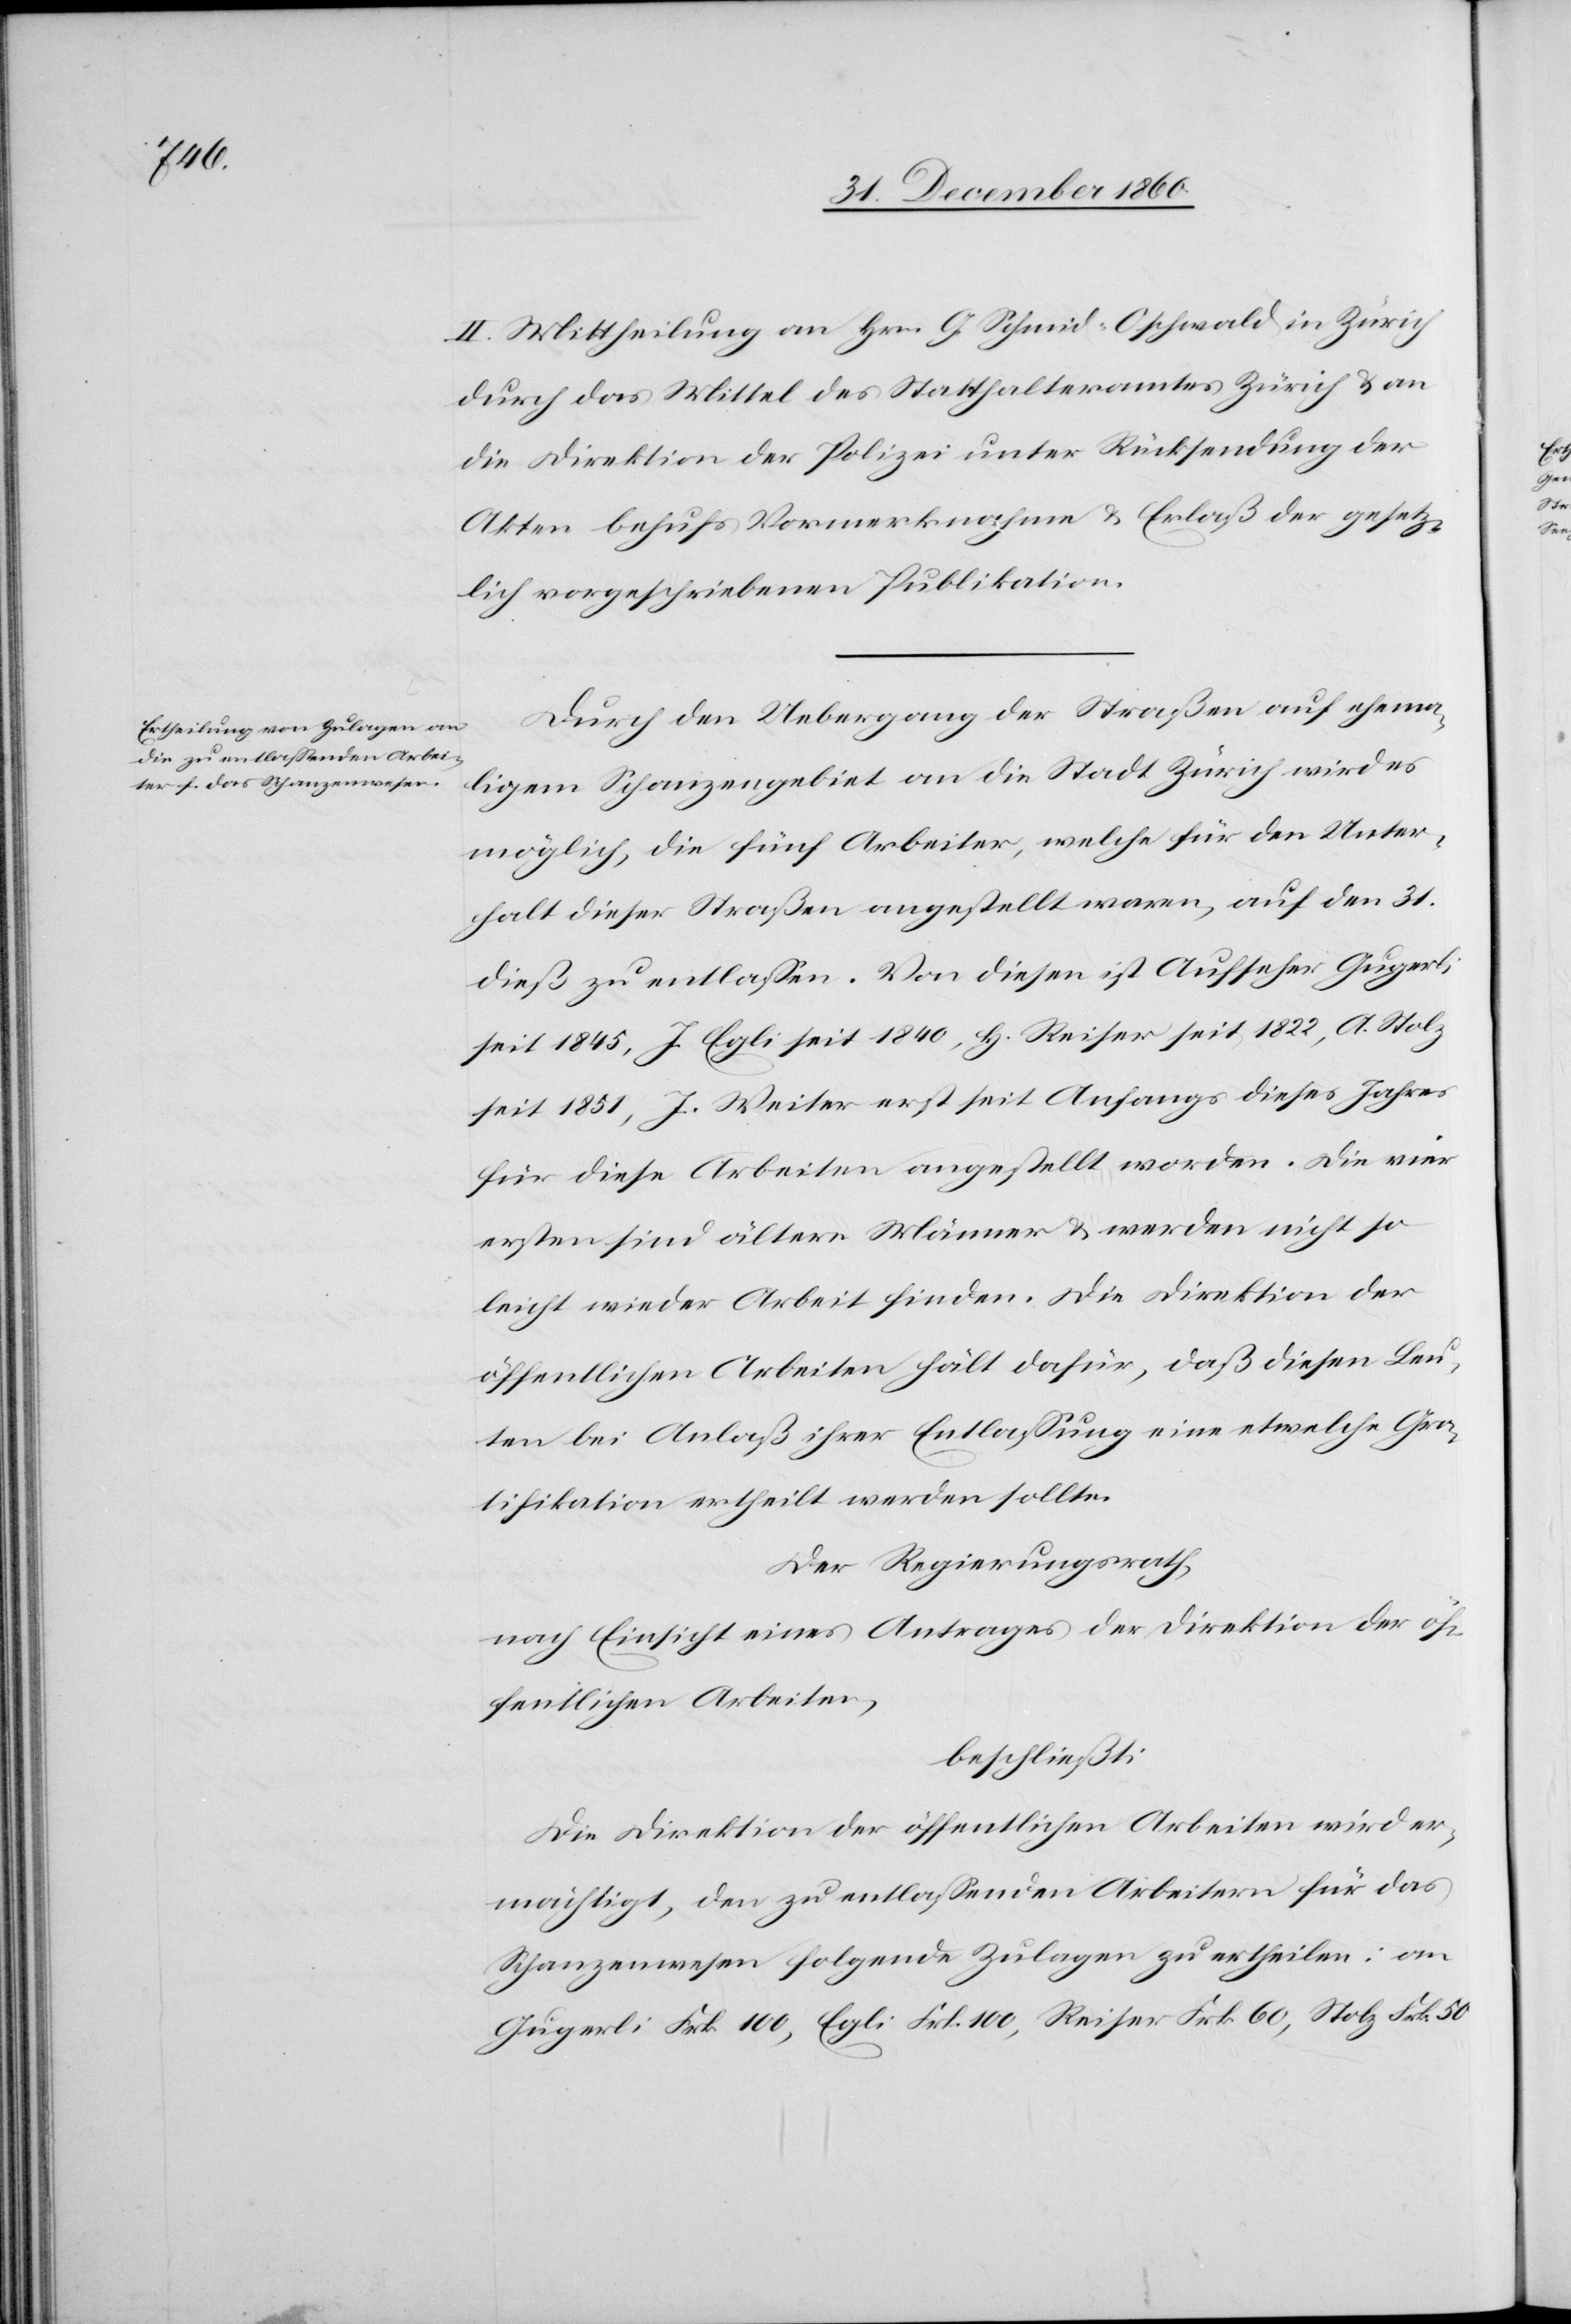
II. Mittheilung an Hrn. G. Schmid-Oschwald in Zürich
durch das Mittel des Statthalteramtes Zürich u. an
die Direktion der Polizei unter Rücksendung der
Akten behufs Vormerknahme u. Erlaß der gesetz¬
lich vorgeschriebenen Publikation.
Durch den Uebergang der Straßen auf ehema¬
ligem Schanzengebiet an die Stadt Zürich wird es
möglich, die fünf Arbeiter, welche für den Unter¬
halt dieser Straßen angestellt waren, auf den 31.
dieß zu entlassen. Von diesen ist Aufseher Gugerli
seit 1845, J. Egli seit 1840, H. Reiser seit 1822, A. Stolz
seit 1851, J. Weiter erst seit Anfang dieses Jahres
für diese Arbeiten angestellt worden. Die vier
ersten sind ältere Männer u. werden nicht so
leicht wieder Arbeit finden. Die Direktion der
öffentlichen Arbeiten hält dafür, daß diesen Leu¬
ten bei Anlaß ihrer Entlassung eine etwelche Gra¬
tifikation ertheilt werden sollte.
Der Regierungsrath,
nach Einsicht eines Antrages der Direktion der öf¬
fentlichen Arbeiten,
beschließt:
Die Direktion der öffentlichen Arbeiten wird er¬
mächtigt, den zu entlassenden Arbeitern für das
Schanzenwesen folgende Zulagen zu ertheilen: an
Gugerli Frk. 100, Egli Frk. 100, Reiser Frk. 60, Stolz Frk. 50[,]